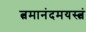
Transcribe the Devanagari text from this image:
त्वमानंदमयस्त्वं